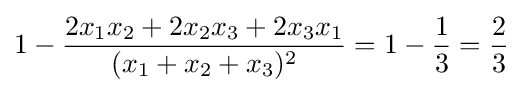
1-{\frac {2x_{1}x_{2}+2x_{2}x_{3}+2x_{3}x_{1}}{(x_{1}+x_{2}+x_{3})^{2}}}=1-{\frac {1}{3}}={\frac {2}{3}}~